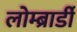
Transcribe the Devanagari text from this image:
लोम्ब्रार्डी